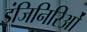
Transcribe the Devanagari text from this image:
इंजिनिरिओं